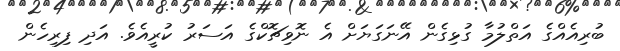
ބުރިއެއްގެ އަތްލުމާ ގުޅިގެން އޭނަގަޔަށް އެ ނޮވިޗޮކްގެ އަސަރު ކުރީއެވެ. އަދި ފިރިހެން